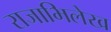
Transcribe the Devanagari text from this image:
राजाभिलेख